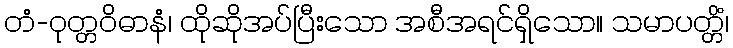
တံ-ဝုတ္တဝိဓာနံ၊ ထိုဆိုအပ်ပြီးသော အစီအရင်ရှိသော။ သမာပတ္တိံ၊